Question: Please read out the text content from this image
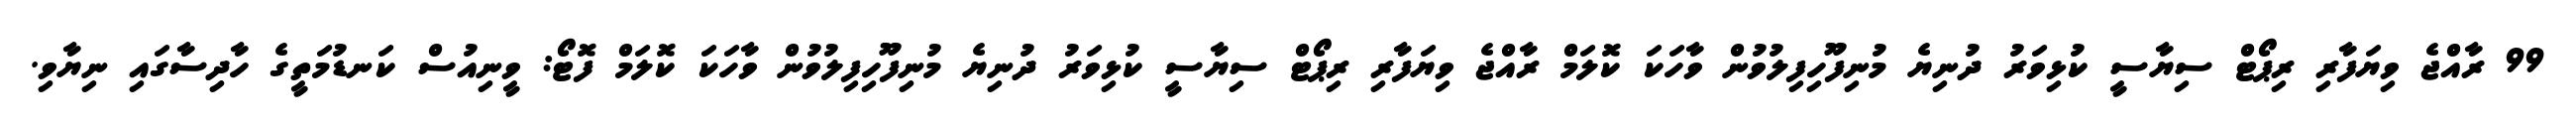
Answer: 99 ރާއްޖެ ވިޔަފާރި ރިޕޯޓް ސިޔާސީ ކުޅިވަރު ދުނިޔެ މުނިފޫހިފިލުވުން ވާހަކަ ކޮލަމް ރާއްޖެ ވިޔަފާރި ރިޕޯޓް ސިޔާސީ ކުޅިވަރު ދުނިޔެ މުނިފޫހިފިލުވުން ވާހަކަ ކޮލަމް ފޮޓޯ: ވީނިއުސް ކަނޑުމަތީގެ ހާދިސާގައި ނިޔާވި.